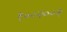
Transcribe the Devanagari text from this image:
१००२००२